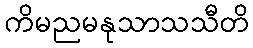
ကိမညမနုသာသသီတိ